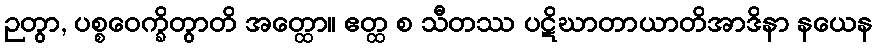
ဉတွာ, ပစ္စဝေက္ခိတွာတိ အတ္ထော။ ဧတ္ထ စ သီတဿ ပဋိဃာတာယာတိအာဒိနာ နယေန